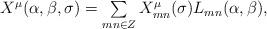
LaTeX: \begin{align*}\begin{array}{lcr}X^{\mu}(\alpha,\beta,\sigma)=\sum\limits_{mn\in{Z}}X^{\mu}_{mn}(\sigma)L_{mn}(\alpha,\beta) ,\end{array}\end{align*}